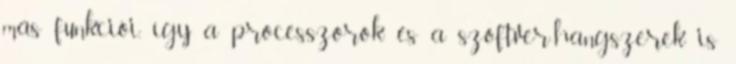
más funkciói, így a processzorok és a szoftver-hangszerek is